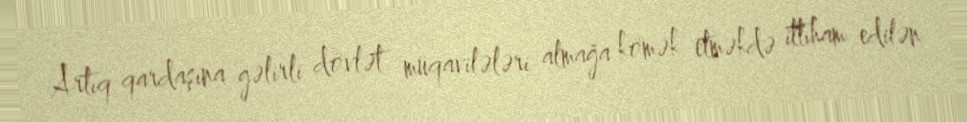
Artıq qardaşına gəlirli dövlət müqavilələri almağa kömək etməkdə ittiham edilən